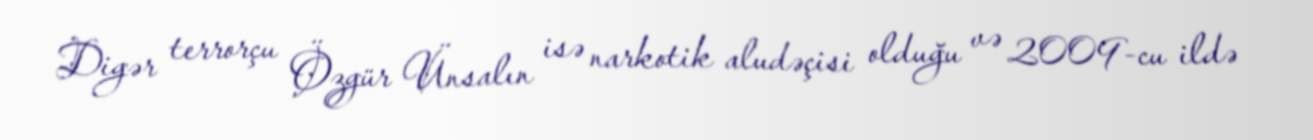
Digər terrorçu Özgür Ünsalın isə narkotik aludəçisi olduğu və 2009-cu ildə